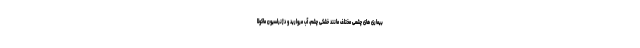
بیماری های چشمی مختلف مانند خشکی چشم، آب مروارید و دژنراسیون ماکولا